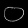
Digit: ၀